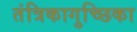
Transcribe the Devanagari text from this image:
तंत्रिकागुच्छिका